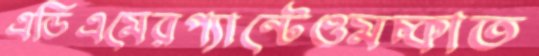
এডিএমেরপ্যান্টেওমচ্‌কাত